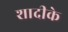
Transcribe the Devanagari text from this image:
शादीके